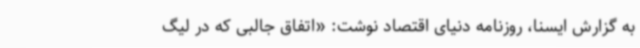
به گزارش ایسنا، روزنامه دنیای‌ اقتصاد نوشت: «اتفاق جالبی که در لیگ